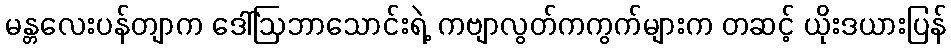
မန္တလေးပန်တျာက ဒေါ်ဩဘာသောင်းရဲ့ ကဗျာလွတ်ကကွက်များက တဆင့် ယိုးဒယားပြန်